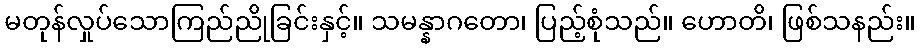
မတုန်လှုပ်သောကြည်ညိုခြင်းနှင့်။ သမန္နာဂတော၊ ပြည့်စုံသည်။ ဟောတိ၊ ဖြစ်သနည်း။